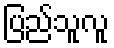
ပြည်သူလူ